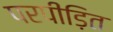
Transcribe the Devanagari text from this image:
परपीड़ित